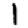
Digit: 1